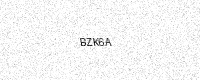
Text: BZK6A